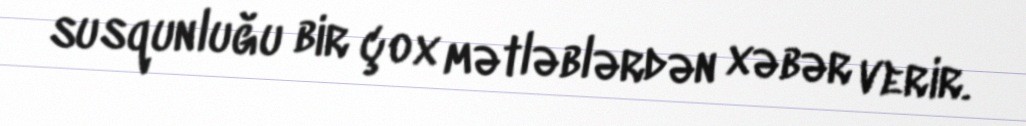
susqunluğu bir çox mətləblərdən xəbər verir.